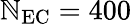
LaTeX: \mathbb{N}_{\mathrm{{EC}}}=400